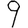
Digit: 9